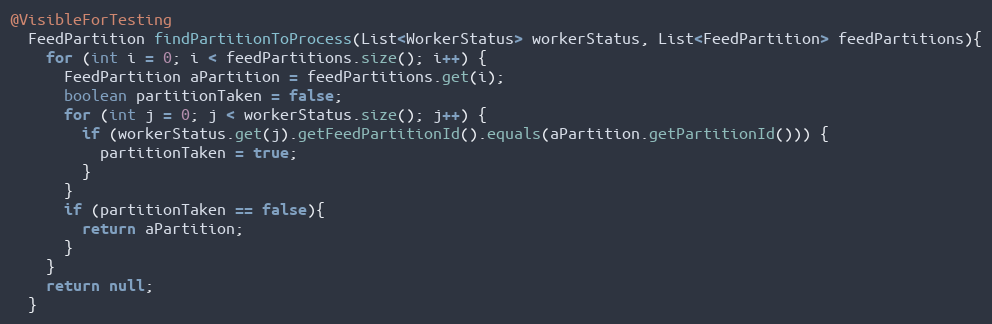
Language: Java
@VisibleForTesting
  FeedPartition findPartitionToProcess(List<WorkerStatus> workerStatus, List<FeedPartition> feedPartitions){
    for (int i = 0; i < feedPartitions.size(); i++) {
      FeedPartition aPartition = feedPartitions.get(i);
      boolean partitionTaken = false;
      for (int j = 0; j < workerStatus.size(); j++) {
        if (workerStatus.get(j).getFeedPartitionId().equals(aPartition.getPartitionId())) {
          partitionTaken = true;
        }
      }
      if (partitionTaken == false){
        return aPartition;
      }
    }
    return null;
  }